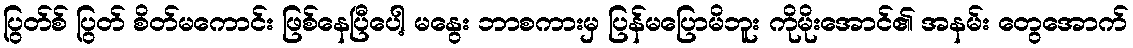
ပြွတ်စ် ပြွတ် စိတ်မကောင်း ဖြစ်နေပြီပေါ့ မနွေး ဘာစကားမှ ပြန်မပြောမိဘူး ကိုမိုးအောင်၏ အနမ်း တွေအောက်